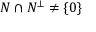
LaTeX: N \cap N ^ { \bot } \neq \{ 0 \}